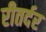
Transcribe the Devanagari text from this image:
रीतर्दर